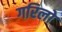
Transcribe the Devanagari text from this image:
गरिलो